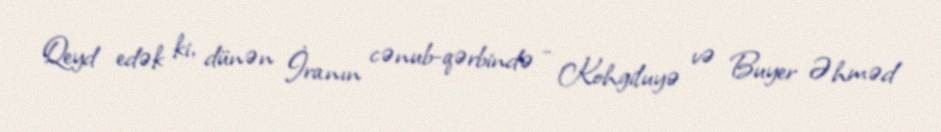
Qeyd edək ki, dünən İranın cənub-qərbində - Kohgiluyə və Buyer Əhməd